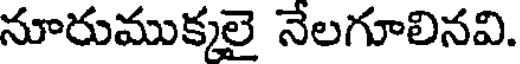
నూరుముక్కలై నేలగూలినవి.